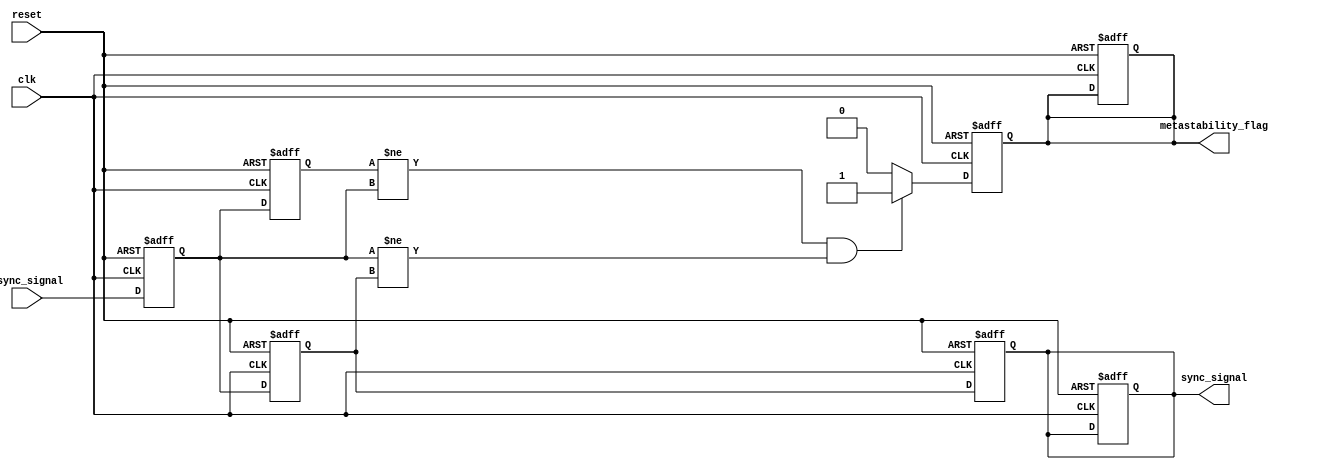
module metastability_detector (
    input wire clk,                // Synchronous clock signal
    input wire async_signal,       // Asynchronous input signal
    input wire reset,              // Reset signal
    output reg sync_signal,        // Synchronized output signal
    output reg metastability_flag   // Metastability indicator
);

    // Internal signals for the flip-flops
    reg ff1, ff2;
    reg ff1_prev;

    // D Flip-Flops for synchronizing the async_signal
    always @(posedge clk or posedge reset) begin
        if (reset) begin
            ff1 <= 1'b0;
            ff2 <= 1'b0;
            sync_signal <= 1'b0;
            metastability_flag <= 1'b0;
        end else begin
            ff1 <= async_signal; // Sample async_signal
            ff2 <= ff1;          // Sample output of first flip-flop
        end
    end

    // Detect metastability condition
    always @(posedge clk or posedge reset) begin
        if (reset) begin
            ff1_prev <= 1'b0;
            sync_signal <= 1'b0;
            metastability_flag <= 1'b0;
        end else begin
            ff1_prev <= ff1; // Store previous state of ff1
            sync_signal <= ff2; // Update sync_signal with ff2 output

            // Check for unexpected transitions indicating potential metastability
            if (ff1_prev != ff1 && ff1 != ff2) begin
                metastability_flag <= 1'b1; // Set flag if metastability is detected
            end else begin
                metastability_flag <= 1'b0; // Clear flag if stable
            end
        end
    end

endmodule